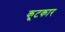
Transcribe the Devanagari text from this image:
कूटकार